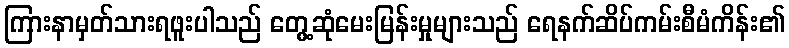
ကြားနာမှတ်သားရဖူးပါသည် တွေ့ဆုံမေးမြန်းမှုများသည် ရေနက်ဆိပ်ကမ်းစီမံကိန်း၏